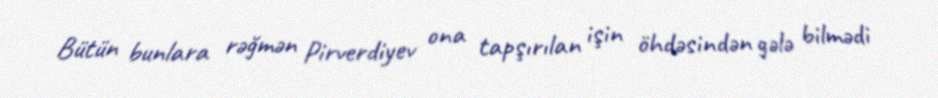
Bütün bunlara rəğmən Pirverdiyev ona tapşırılan işin öhdəsindən gələ bilmədi